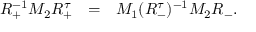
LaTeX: R _ { + } ^ { - 1 } M _ { 2 } R _ { + } ^ { \tau } ~ ~ = ~ { } ~ M _ { 1 } ( R _ { - } ^ { \tau } ) ^ { - 1 } M _ { 2 } R _ { - } .